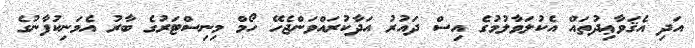
އަދި އެޤަވާޢިދުތައް އެކުލަވާލުމުގެ އިސް ދައުރު އަދާކުރައްވަންޖެހޭ ހޯމް މިނިސްޓަރުގެ ބާރު އެމަނިކުފާނުގެ